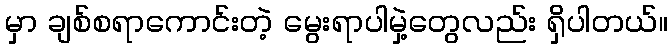
မှာ ချစ်စရာကောင်းတဲ့ မွေးရာပါမှဲ့တွေလည်း ရှိပါတယ်။